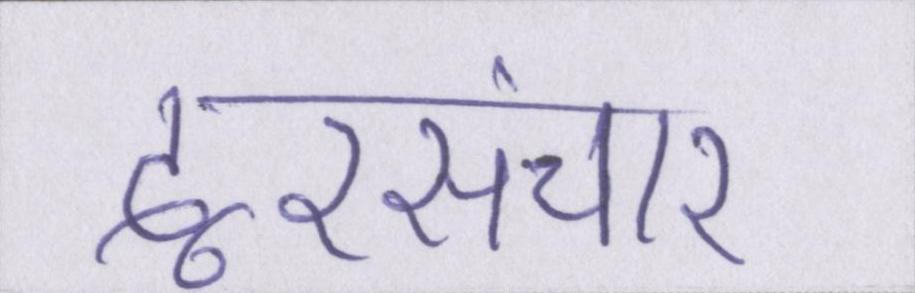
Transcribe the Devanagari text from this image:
दूरसंचार